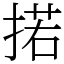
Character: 掿